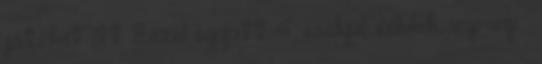
játékot itt: Ezzel együtt 4 eséllyel indulok, izgi-izgi :